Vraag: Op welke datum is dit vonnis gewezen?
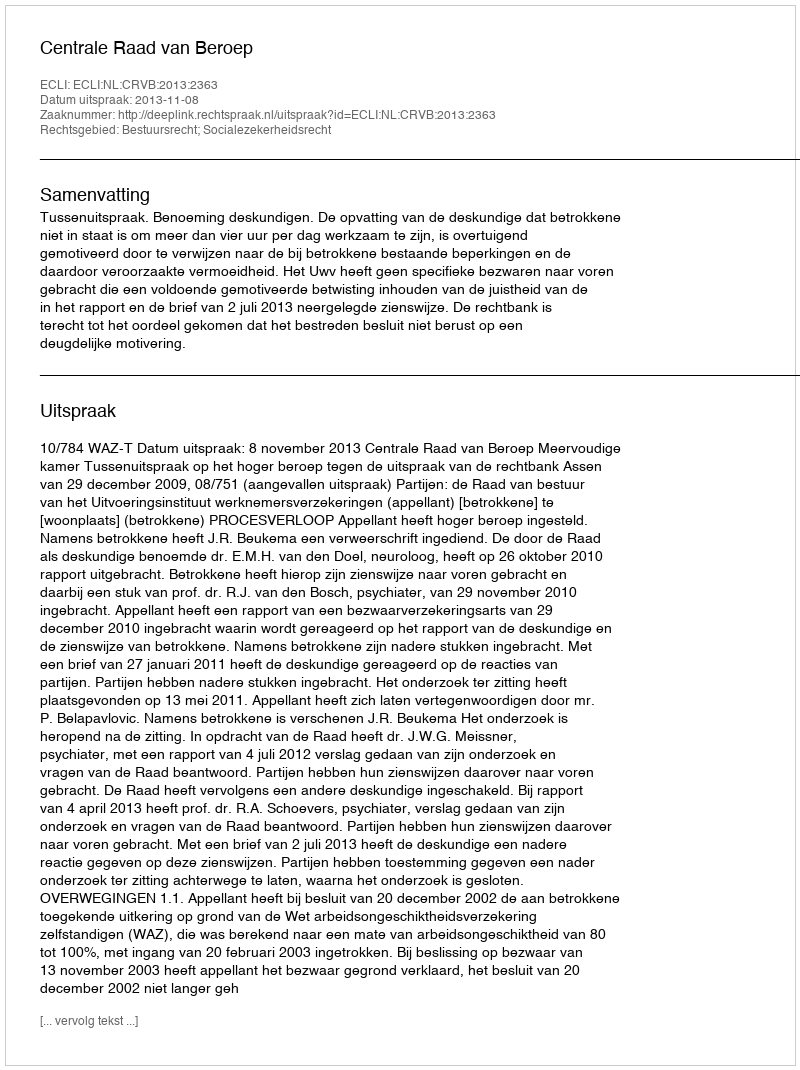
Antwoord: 2013-11-08